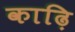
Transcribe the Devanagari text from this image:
काढ़ि